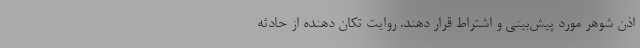
اذن شوهر مورد پیش‌بینی و اشتراط قرار دهند. روایت تکان دهنده از حادثه